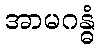
အာမဂန္ဓံ